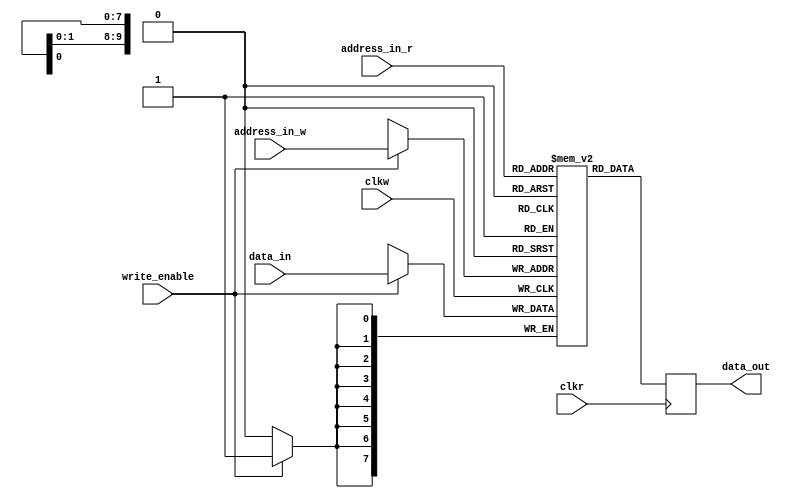

`default_nettype none
module sync_ram_sdp_dc #(parameter DATA_WIDTH=8, ADDRESS_WIDTH=10)
   (input  wire                      clkw, clkr, write_enable,
    input  wire  [DATA_WIDTH-1:0]    data_in,
    input  wire  [ADDRESS_WIDTH-1:0] address_in_r, address_in_w,
    output wire  [DATA_WIDTH-1:0]    data_out);

  localparam WORD  = (DATA_WIDTH-1);
  localparam DEPTH = (2**ADDRESS_WIDTH-1);

  reg [WORD:0] data_out_r;
  reg [WORD:0] memory [0:DEPTH];

  always @(posedge clkw) begin
    if (write_enable)
      memory[address_in_w] <= data_in;
  end
  always @(posedge clkr) begin
    data_out_r <= memory[address_in_r];
  end

  assign data_out = data_out_r;

endmodule // sync_ram_sdp_dc